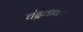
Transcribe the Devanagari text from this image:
चंद्रवाक्य